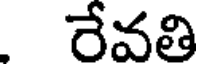
రేవతి